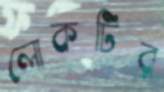
লোকটির